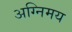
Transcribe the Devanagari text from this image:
अग्निमय